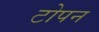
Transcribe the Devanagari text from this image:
टोपन